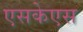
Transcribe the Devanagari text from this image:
एसकेएस